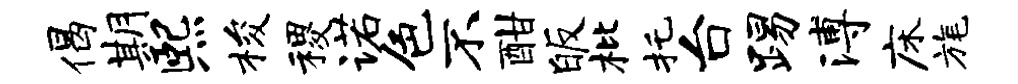
偈期熙梭稷诺色不酣皈枇托台踢溥床旄